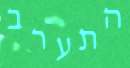
התערב